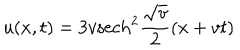
u ( x , t ) = 3 v \mathrm { s e c h } ^ { 2 } { \frac { \sqrt { v } } { 2 } } ( x + v t )